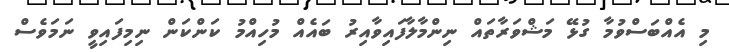
މި އެއްބަސްވުމާ ގުޅޭ މަޝްވަރާތައް ނިންމާލާފައިވާއިރު ބައެއް މުހިއްމު ކަންކަން ނިމިފައިވީ ނަމަވެސް